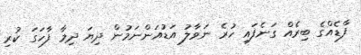
ފާޑެއްގެ ބިރެއް ގަނެފައި ހުރެ ނަވާލު އަޑުއަންނަމުން ދިޔަ ދިމާ ފާހަގަ ކުރި